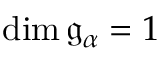
\dim { \mathfrak { g } } _ { \alpha } = 1